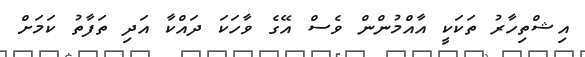
އިޝްތިހާރު ތަކަކީ އާއްމުންން ވެސް އޭގެ ވާހަކަ ދައްކާ އަދި ތަފާތު ކަމަށް